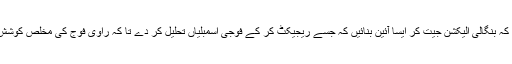
ایسے ہزاروں زخموں کی موجودگی میں برابر نمائیندگی کے اصول کو ختم کرنے کا مقصد ہی یہ تھا کہ بنگالی الیکشن جیت کر ایسا آئین بنائیں کہ جسے ریجیکٹ کر کے فوجی اسمبلیاں تحلیل کر دے تا کہ راوی فوج کی مُخلص کوشش اور سیاستدانوں کی نالائقی پر تا قیامت چین کی بنسی بجاتا رہے اور یہی LFO کا درپردہ مقصد تھا۔